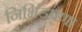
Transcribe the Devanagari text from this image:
निर्भिडपणा